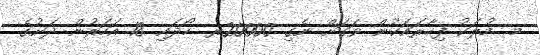
މ. މުލަކު ފިހާރައަކުން ވަގަށް ނެގި 20000ރ. ހޯދައި 18 އަހަރުން ދަށުގެ